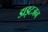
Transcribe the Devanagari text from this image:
डाइटजन